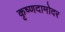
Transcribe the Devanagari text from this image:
कृष्णदामोदर